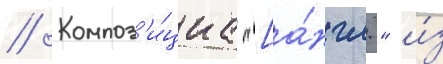
// Композ'и́циа "[а́нгл." и́з